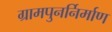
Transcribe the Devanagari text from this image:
ग्रामपुनर्निर्माण